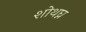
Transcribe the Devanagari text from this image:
शोथघ्न